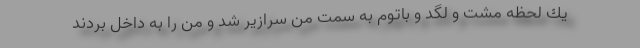
یك لحظه مشت و لگد و باتوم به سمت من سرازیر شد و من را به داخل بردند